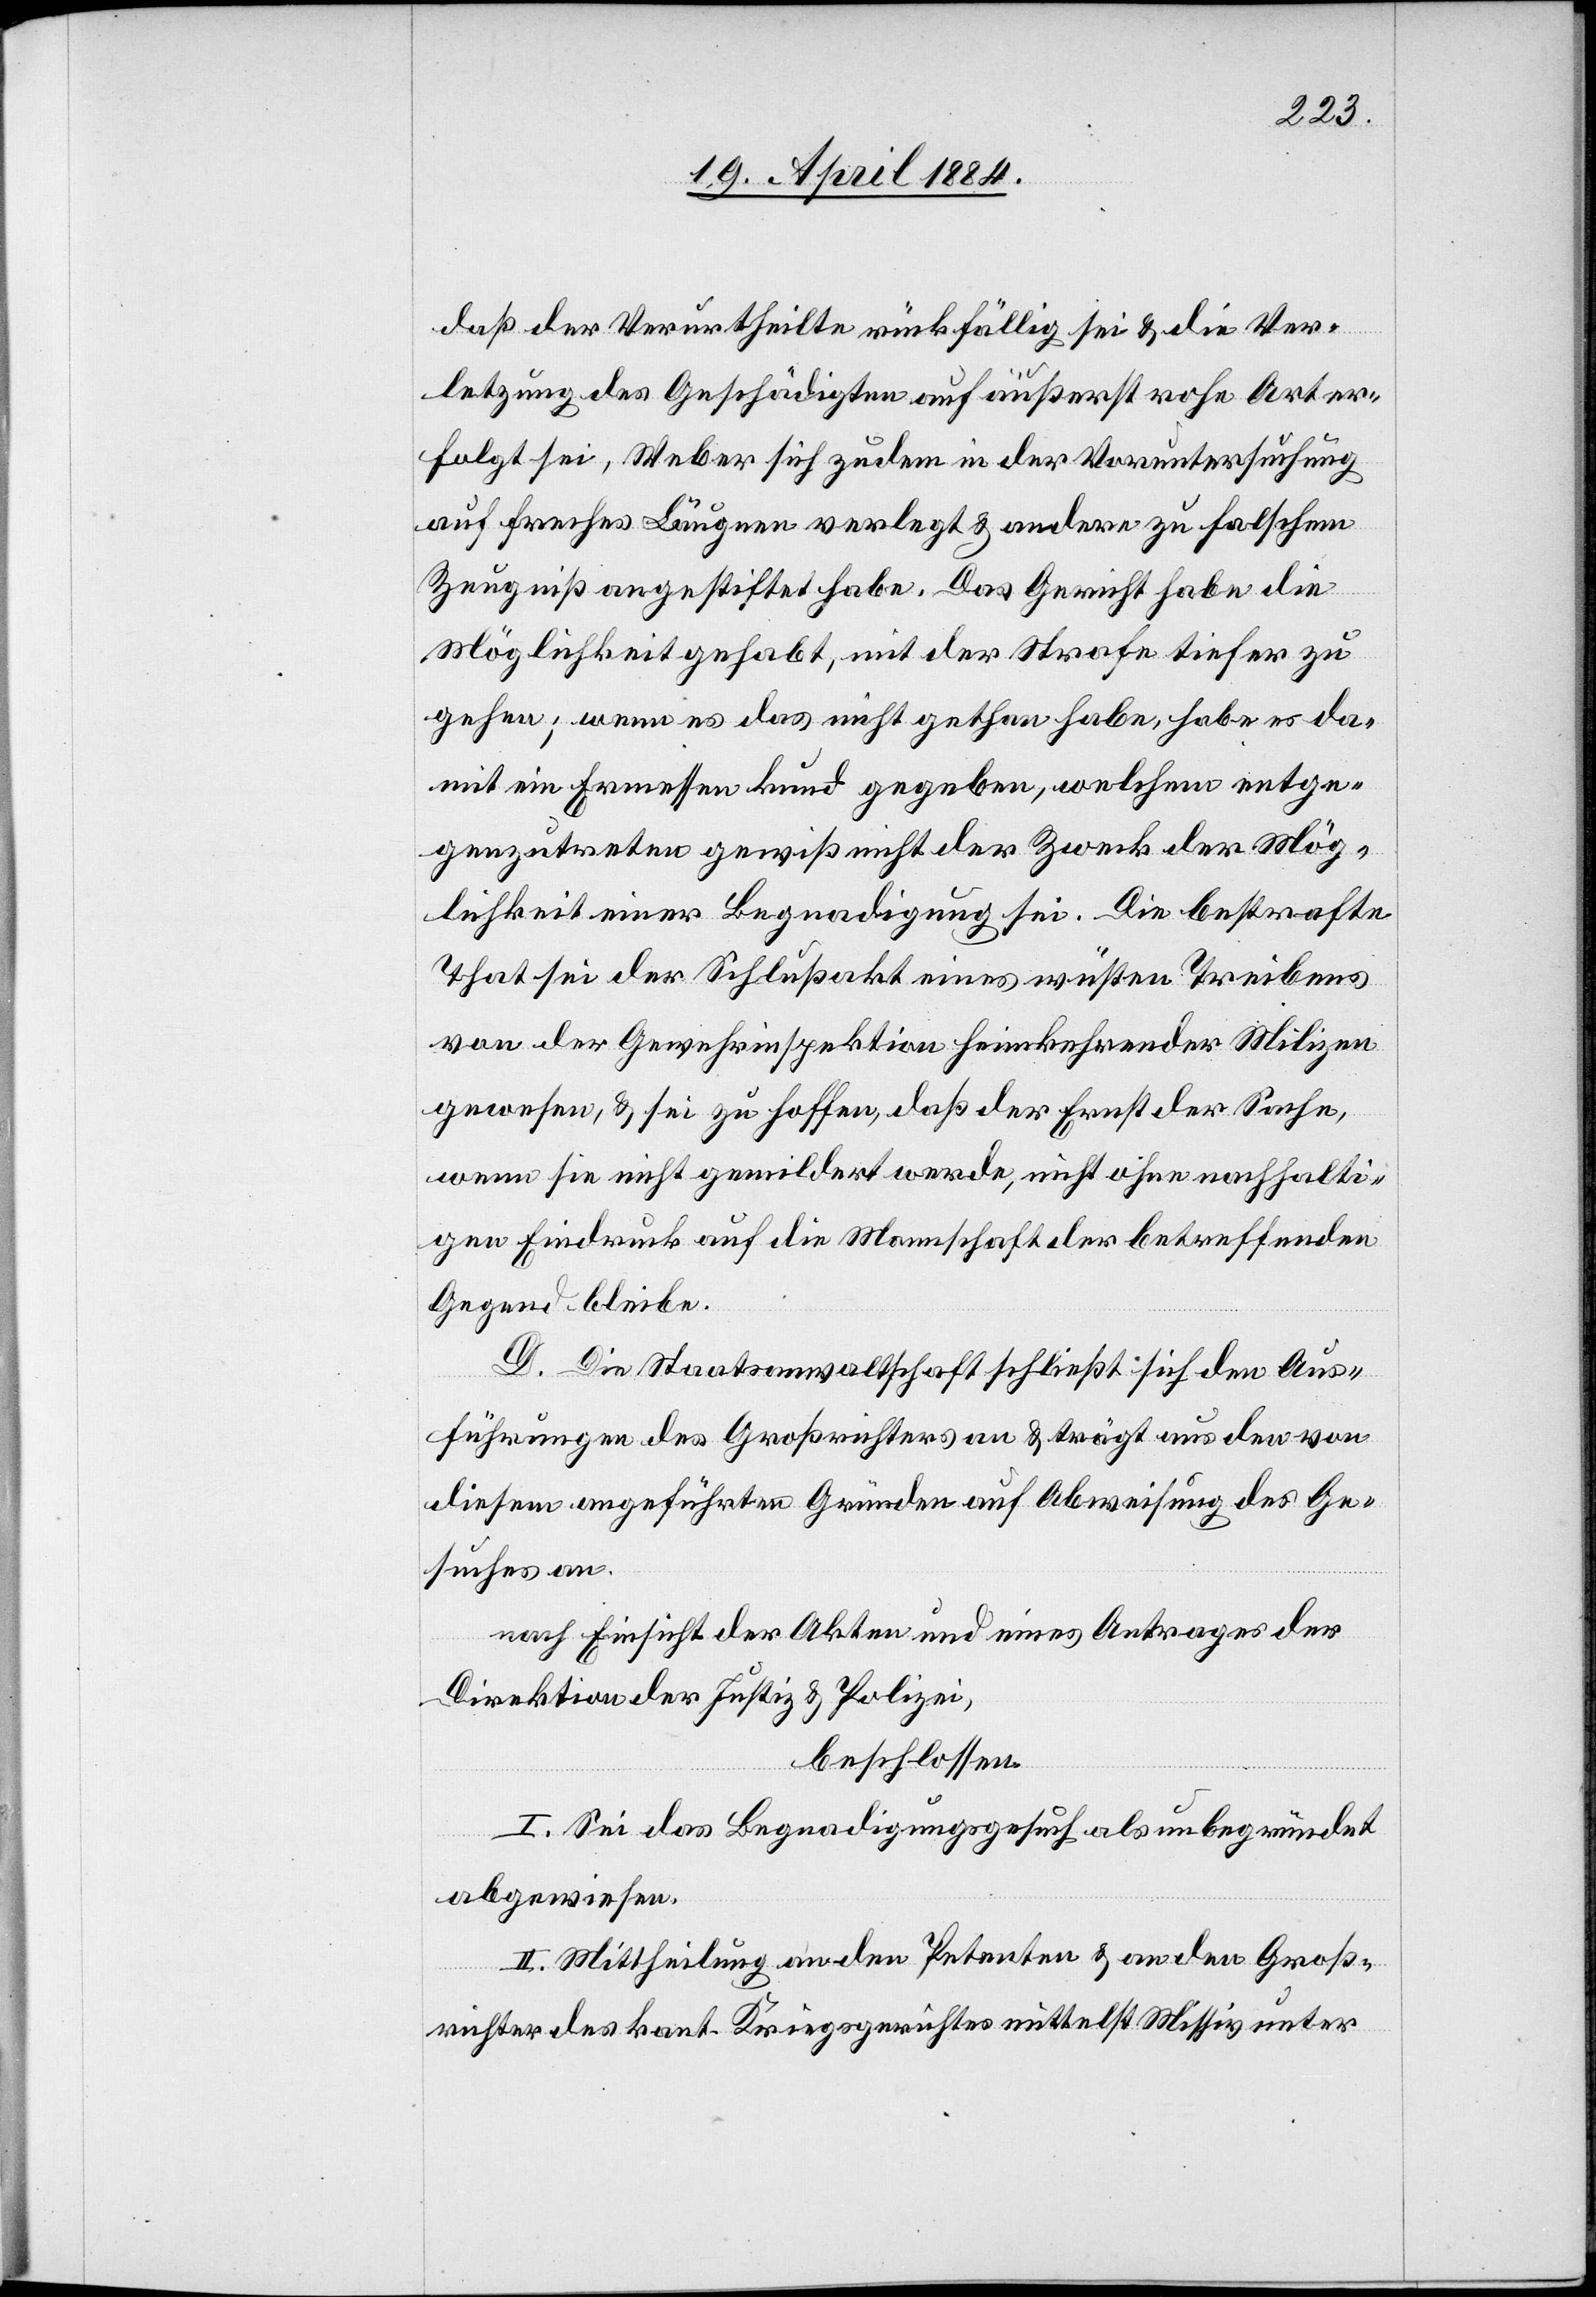
daß der Verurtheilte rückfällig sei & die Ver¬
letzung des Geschädigten auf äußerst rohe Art er¬
folgt sei, Weber sich zudem in der Voruntersuchung
auf freches Läugnen verlegt & andere zu falschem
Zeugniß angestiftet habe. Das Gericht habe die
Möglichkeit gehabt, mit der Strafe tiefer zu
gehen; wenn es das nicht gethan habe, habe es da¬
mit ein Ermessen kund gegeben, welchem entge¬
genzutreten gewiß nicht der Zweck der Mög¬
lichkeit einer Begnadigung sei. Die bestrafte
That sei der Schlußakt eines wüsten Treibens
von der Gewehrinspektion heimkehrenden Milizen
gewesen, & sei zu hoffen, daß der Ernst der Sache,
wenn sie nicht gemildert werde, nicht ohne nachhalti¬
gen Eindruck auf die Mannschaft der betreffenden
Gegend bleibe.
D. Die Staatsanwaltschaft schließt sich den Aus¬
führungen des Großrichters an & trägt aus den von
diesem angeführten Gründen auf Abweisung des Ge¬
suches an.
nach Einsicht der Akten und eines Antrages der
Direktion der Justiz & Polizei,
beschlossen:
I. Sei das Begnadigungsgesuch als unbegründet
abgewiesen.
II. Mittheilung an den Petenten & an den Groß¬
richter des kant. Kriegsgerichtes mittelst Missiv unter